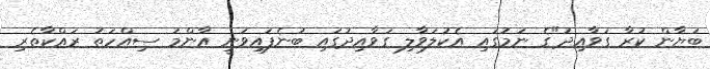
ބަޔާން ކުރާ ގަވާއިދު"ގެ ނަމުގައި އެކުލަވާލި ގަވާއިދުގައި ބުނެފައިވަނީ އާންމު ސިއްހަތު ރައްކާތެރި